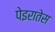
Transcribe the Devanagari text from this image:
पेइरातेस